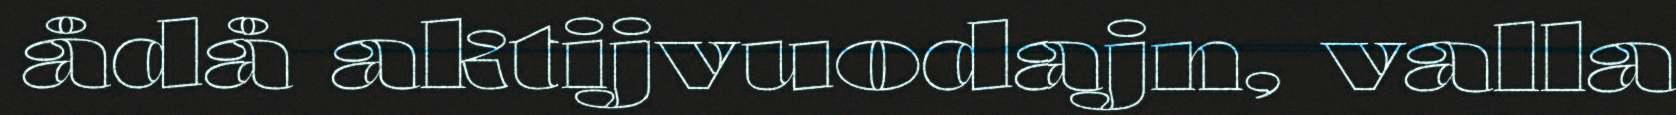
ådå aktijvuodajn, valla